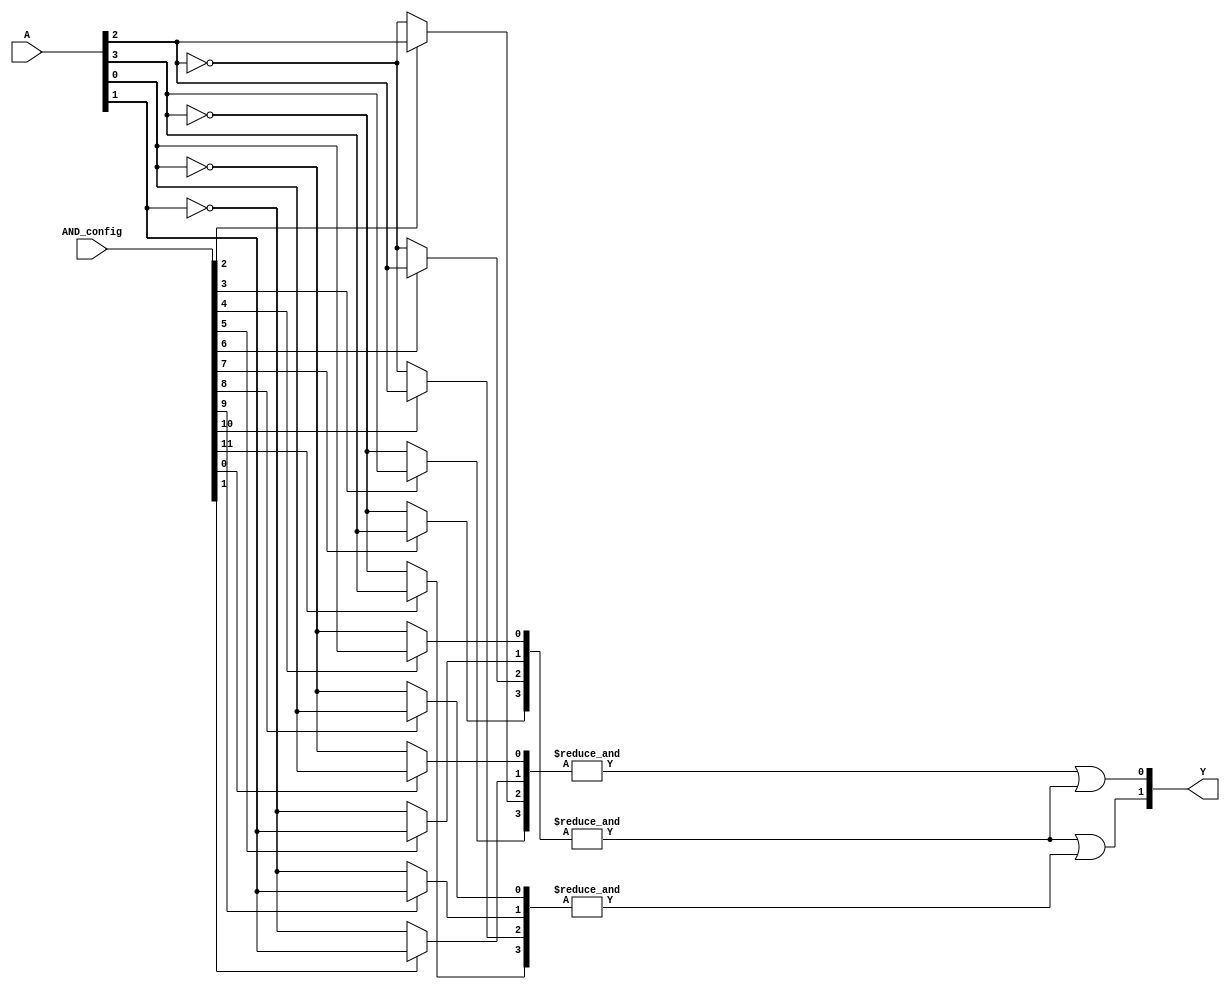
module SPAL #(
    parameter N = 4,  // Number of inputs (A1, A2, A3, A4)
    parameter M = 3,  // Number of product terms in the AND array
    parameter P = 2   // Number of outputs from the OR array
)(
    input  wire [N-1:0] A,          // Input signals (A1, A2, ..., An)
    input  wire [M*(N+1)-1:0] AND_config, // Configuration for AND gates (includes inverted inputs)
    output wire [P-1:0] Y           // Output signals (Y1, Y2, ..., Yp)
);

// Internal wires for product terms
wire [M-1:0] product_terms;

// Generate the AND gates based on the configuration
genvar i, j;
generate
    for (i = 0; i < M; i = i + 1) begin : and_gates
        wire [N-1:0] and_inputs;
        
        // Map the AND gate inputs based on the configuration
        for (j = 0; j < N; j = j + 1) begin : input_mapping
            assign and_inputs[j] = (AND_config[i*N + j] == 1'b1) ? A[j] : ~A[j];
        end

        // AND gate logic
        assign product_terms[i] = &and_inputs; // AND all inputs
    end
endgenerate

// Fixed OR array to combine product terms
assign Y[0] = product_terms[0] | product_terms[1]; // Example OR logic for output Y1
assign Y[1] = product_terms[1] | product_terms[2]; // Example OR logic for output Y2

endmodule